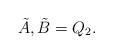
\begin{align*} \tilde{A},\tilde{B}=Q_2.\end{align*}